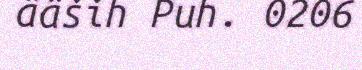
ääših Puh. 0206